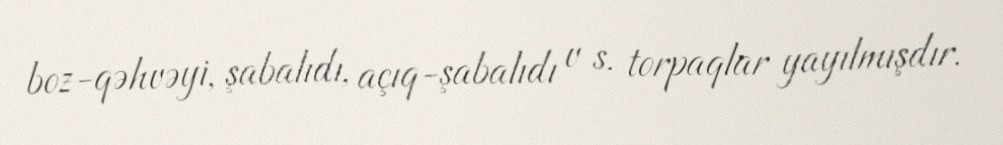
boz-qəhvəyi, şabalıdı, açıq-şabalıdı v s. torpaqlar yayılmışdır.